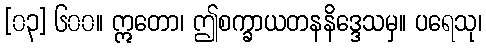
[၀၃] ၆၀၀။ ဣတော၊ ဤစက္ခာယတနနိဒ္ဒေသမှ။ ပရေသု၊